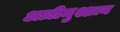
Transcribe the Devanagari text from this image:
अज़ीमुश्शान